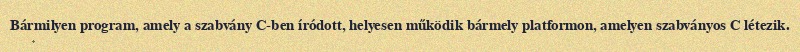
Bármilyen program, amely a szabvány C-ben íródott, helyesen működik bármely platformon, amelyen szabványos C létezik.